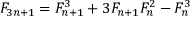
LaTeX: F _ { 3 n + 1 } = F _ { n + 1 } ^ { 3 } + 3 F _ { n + 1 } F _ { n } ^ { 2 } - F _ { n } ^ { 3 }